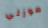
موزلي